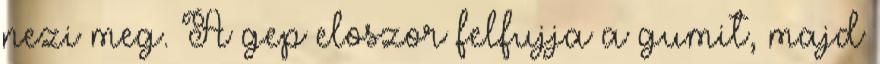
nezi meg. A gep eloszor felfujja a gumit, majd